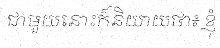
ជាមួយនោះក៏និយាយថា៖ ខ្ញុំ